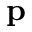
\mathbf { p }